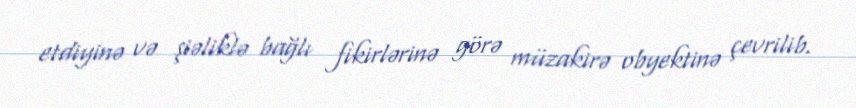
etdiyinə və şiəliklə bağlı fikirlərinə görə müzakirə obyektinə çevrilib.